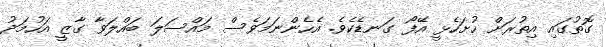
ގޮތުގައި އިތުރަށް ހުށަހެޅީ އޭފޯ ގަނޑެކެވެ. އެހެންނަމަވެސް މައްސަލަ ބައްލަވާ ގާޒީ އަހުމަދު